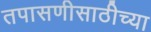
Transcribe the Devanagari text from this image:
तपासणीसाठीच्या